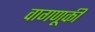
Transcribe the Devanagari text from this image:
वागणूकी